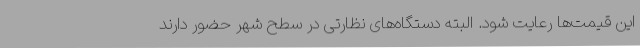
این قیمت‌ها رعایت شود. البته دستگاه‌های نظارتی در سطح شهر حضور دارند